Papers set at the Examination for Leaving Certificates, 1894
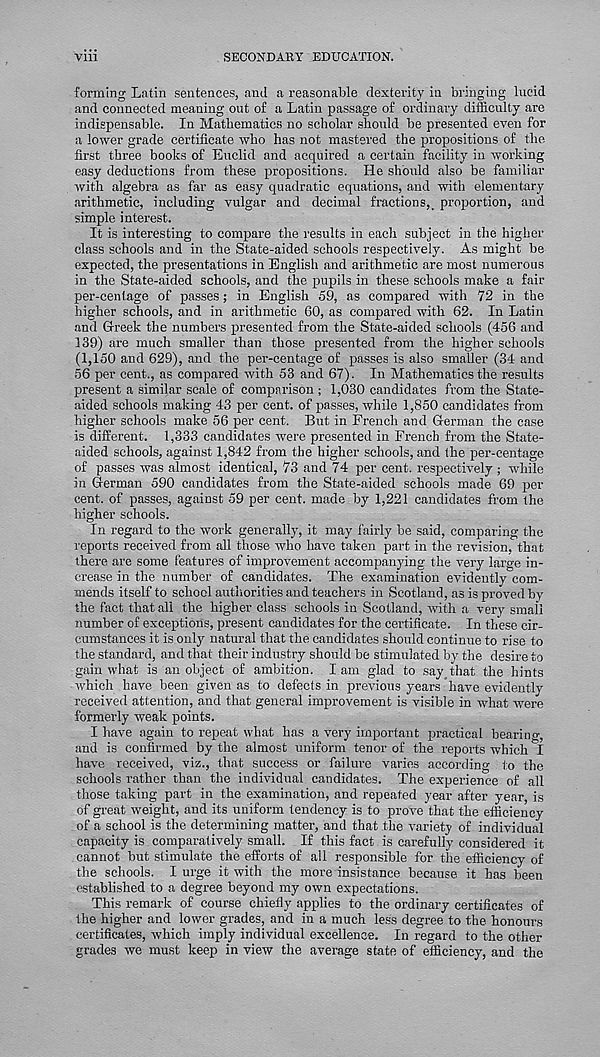
Vlll
SECONDARY EDUCATION.
forming Latin sentences, and a reasonable dexterity in bringing lucid
and connected meaning out of a Latin passage of ordinary difficulty are
indispensable. In Mathematics no scholar should be presented even for
a lower grade certificate who has not mastered the propositions of the
first three books of Euclid and acquired a certain facility in working
easy deductions from these propositions. He should also be familiar
with algebra as far as easy quadratic equations, and with elementary
arithmetic, including vulgar and decimal fractions, f proportion, and
simple interest.
It is interesting to compare the results in each subject in the higher
class schools and in the State-aided schools respectively. As might be
expected, the presentations in English and arithmetic are most numerous
in the State-aided schools, and the pupils in these schools make a fair
per-centage of passes; in English 59, as compared with 72 in the
higher schools, and in arithmetic 60, as compared with 62. In Latin
and Grreek the numbers presented from the State-aided schools (456 and
139) are much smaller than those presented from the higher schools
(1,150 and 629), and the per-centage of passes is also smaller (34 and
56 per cent., as compared with 53 and 67). In Mathematics the results
present a similar scale of comparison ; 1,030 candidates from the State-
aided schools making 43 per cent, of passes, while 1,850 candidates from
higher schools make 56 per cent. But in French and German the case
is different. 1,333 candidates were presented in French from the State-
aided schools, against 1,842 from the higher schools, and the per-centage
of passes was almost identical, 73 and 74 per cent, respectively ; while
in German 590 candidates from the State-aided schools made 69 per
cent, of passes, against 59 per cent, made by 1,221 candidates from the
higher schools.
In regard to the work generally, it may fairly be said, comparing the
reports received from all those who have taken part in the revision, that
there are some features of improvement accompanying the very large in-
crease in the number of candidates. The examination evidently com-
mends itself to school authorities and teachers in Scotland, as is proved by
the fact that all the higher class schools in Scotland, with a very smaii
number of exceptions, present candidates for the certificate. In these cir-
cumstances it is only natural that the candidates should continue to rise to
the standard, and that their industry should be stimulated by the desire to
gain what is an object of ambition. I am glad to say that the hints
which have been given as to defects in previous years have evidently
received attention, and that general improvement is visible in what were
formerly weak points.
I have again to repeat what has a very important practical bearing,
and is confirmed by the almost uniform tenor of the reports which I
have received, viz., that success or failure varies according to the
schools rather than the individual candidates. The experience of all
those taking part in the examination, and repeated year after year, is
of great weight, and its uniform tendency is to prove that the efficiency
of a school is the determining matter, and that the variety of individual
capacity is comparatively small. If this fact is carefully considered it
cannot but stimulate the efforts of all responsible for the efficiency of
the schools. I urge it with the more insistance because it has been
established to a degree beyond my own expectations.
This remark of course chiefly applies to the ordinary certificates of
the higher and lower grades, and in a much less degree to the honours
certificates, which imply individual excellence. In regard to the other
grades we must keep in view the average state of efficiency, and the